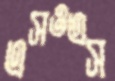
এসওএস